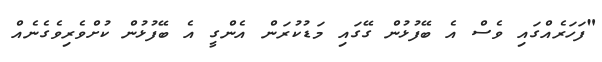
"ފަހަރެއްގައި ވެސް އެ ބޭފުޅުން ގޭގައި މަޑުކުރަން އެންގީ އެ ބޭފުޅުން ކުށްވެރިވެގެނެއް